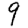
Digit: 9